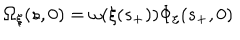
\Omega _ { \xi } ( s , 0 ) = \omega ( \xi ( s _ { + } ) ) \Phi _ { \xi } ( s _ { + } , 0 )